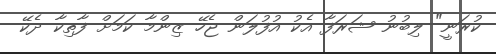
ކުރަނީ" ލިބުނު ޝަރަފާ އެކު އުފުލަން ޖެހޭ ޒިންމާ ކަމަށް ފާތިކާ ދެކޭ